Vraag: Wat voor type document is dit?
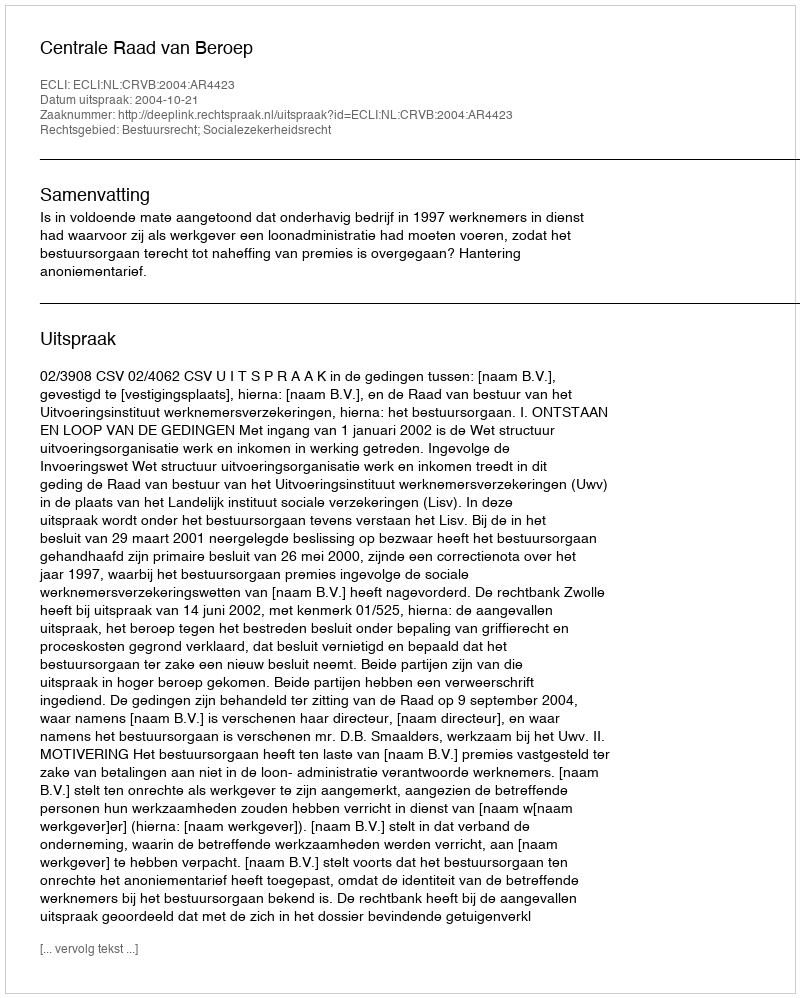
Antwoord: Uitspraak